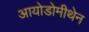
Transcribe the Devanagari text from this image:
आयोडोमीथेन